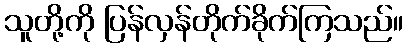
သူတို့ကို ပြန်လှန်တိုက်ခိုက်ကြသည်။